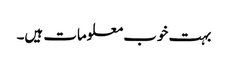
بہت خوب معلومات ہیں۔